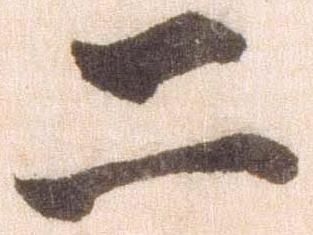
二